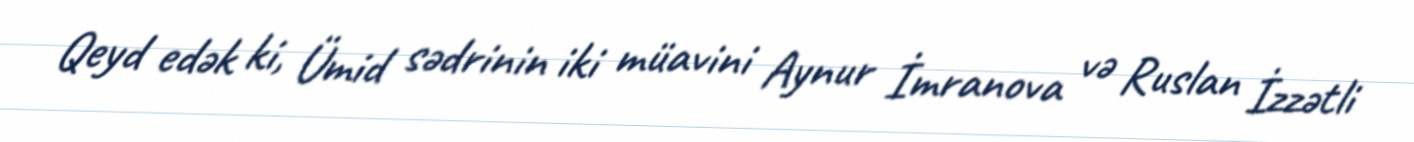
Qeyd edək ki, Ümid sədrinin iki müavini Aynur İmranova və Ruslan İzzətli